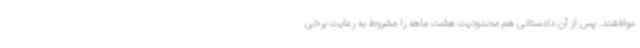
موافقند. پس از آن دادستانی هم محدودیت هشت ماهه را مشروط به رعایت برخی